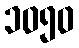
၁၀၅၀